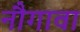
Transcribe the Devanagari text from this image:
नौगावा